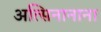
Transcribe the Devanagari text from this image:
अत्सिनानाना